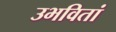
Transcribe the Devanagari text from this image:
उभवितां